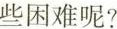
些困难呢?